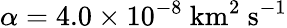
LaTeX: \alpha=4.0\times 10^{-8}\ \mathrm{km^{2}\ s^{-1}}